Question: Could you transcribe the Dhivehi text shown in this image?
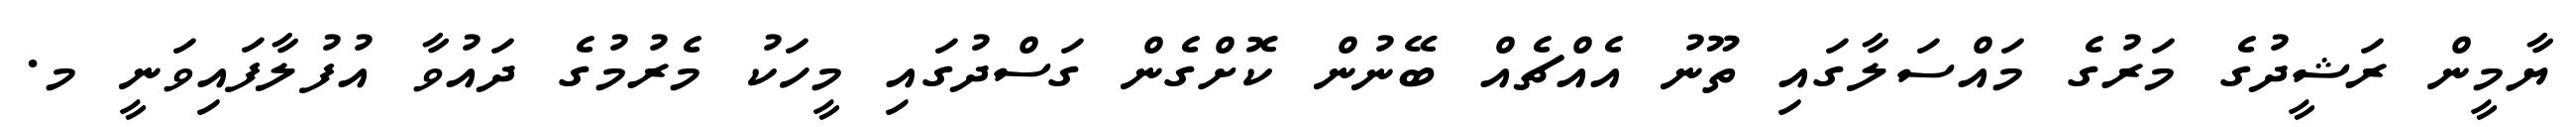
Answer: ޔާމީން ރަޝީދުގެ މަރުގެ މައްސަލާގައި ތޫނު އެއްޗެއް ބޭނުން ކޮށްގެން ގަސްދުގައި މީހަކު މެރުމުގެ ދައުވާ އުފުލާފައިވަނީ މ.